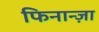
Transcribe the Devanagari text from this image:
फिनान्ज़ा